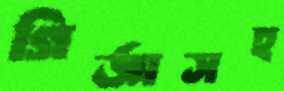
গির্জাসহ